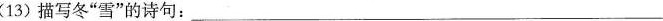
(13) 描写冬”雪”的诗句：___